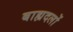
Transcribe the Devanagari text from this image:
बाह्यदलों